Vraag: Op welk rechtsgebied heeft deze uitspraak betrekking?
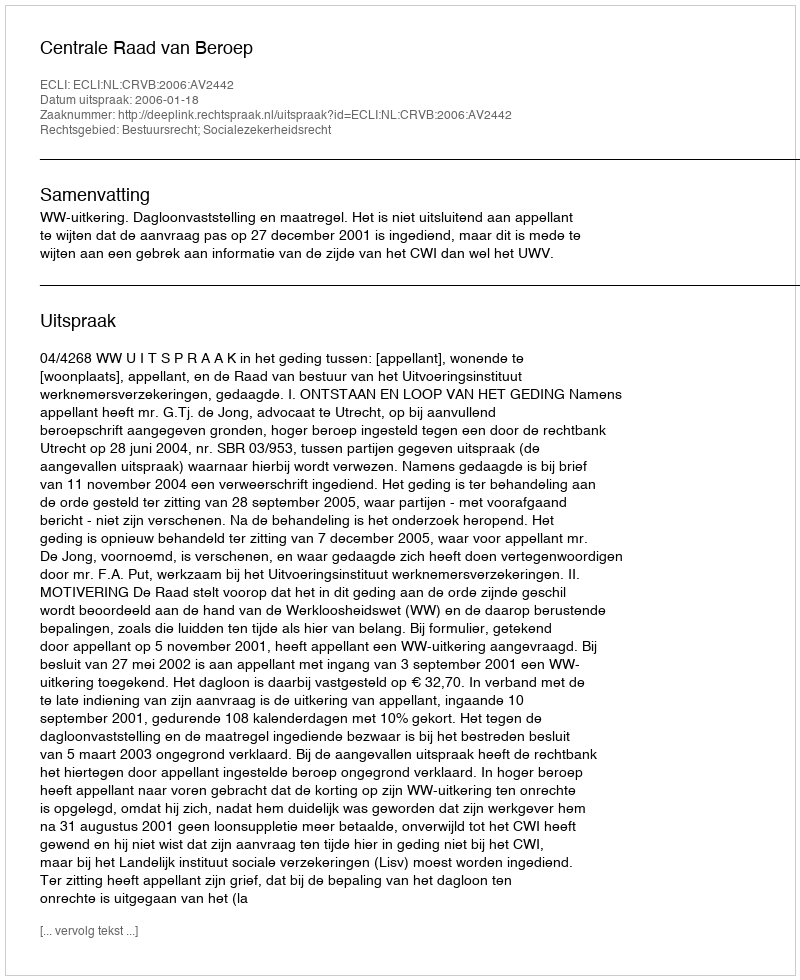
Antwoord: Bestuursrecht; Socialezekerheidsrecht